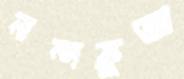
নন্দকুজা